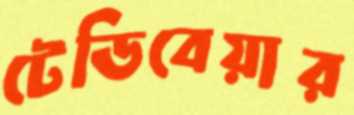
টেডিবেয়ার